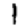
Digit: 1